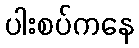
ပါးစပ်ကနေ